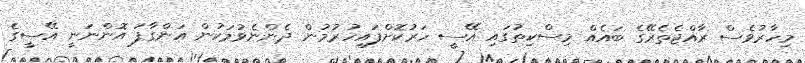
މިހާރުވެސް ރާއްޖެތެރޭގެ ބައެއް މިސްކިތުގައި އޭސީ ހަރުކޮށްފައިހުރުމުން ދެންނެވުމަކުން އަންގާފަ އޮންނަނީ އޭސީގެ